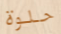
حلوة